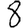
Digit: 8